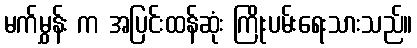
မက်မွှန်း က အပြင်းထန်ဆုံး ကြိုးပမ်းရေးသားသည်။